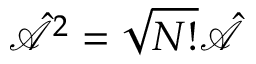
\hat { \mathcal { A } } ^ { 2 } = \sqrt { N ! } \hat { \mathcal { A } }